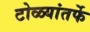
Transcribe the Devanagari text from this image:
टोळ्यांतर्फे